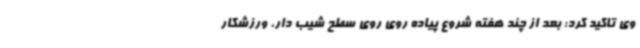
وی تاکید کرد: بعد از چند هفته شروع پیاده روی روی سطح شیب دار، ورزشکار